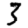
Digit: 3